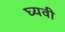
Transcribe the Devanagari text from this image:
घ्यवी